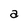
Character: a